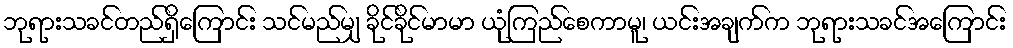
ဘုရားသခင်တည်ရှိကြောင်း သင်မည်မျှ ခိုင်ခိုင်မာမာ ယုံကြည်စေကာမူ၊ ယင်းအချက်က ဘုရားသခင်အကြောင်း